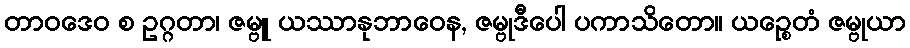
တာဝဒေဝ စ ဥဂ္ဂတာ၊ ဇမ္ဗူ ယဿာနုဘာဝေန, ဇမ္ဗုဒီပေါ ပကာသိတော။ ယဉ္စေတံ ဇမ္ဗုယာ